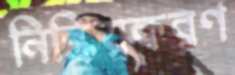
নিষ্ক্রিয়করণ